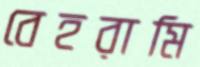
বেহরামি